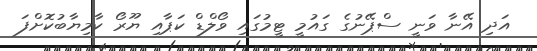
އަދި އޭނާ ވަނީ ސްޕޭނުގެ ގައުމީ ޓީމުގައި ވޯލްޑް ކަޕާއި ޔޫރޯ ކާމިޔާބުކޮށްފަ